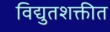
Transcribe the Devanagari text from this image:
विद्युतशक्तीत